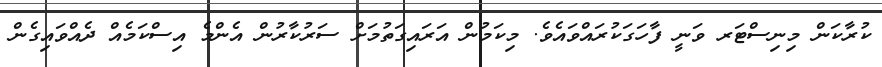
ކުރާކަން މިނިސްޓަރ ވަނީ ފާހަގަކުރައްވައެވެ. މިކަމުން އަރައިގަތުމަށް ސަރުކާރުން އެންމެ އިސްކަމެއް ދެއްވައިގެން